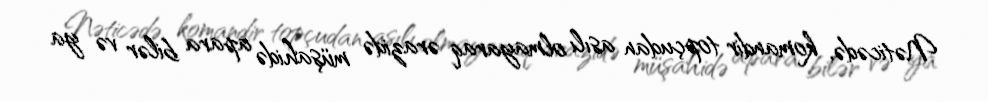
Nəticədə, komandir topçudan asılı olmayaraq ərazidə müşahidə apara bilər və ya